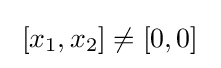
\;[x_{1},x_{2}]\neq [0,0]~